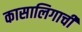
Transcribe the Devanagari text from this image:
कासालिगाची